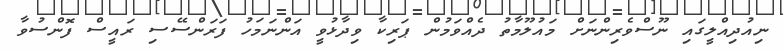
ނިއުދިއްލީގައި ނޫސްވެރިންނަށް މައުލޫމާތު ދެއްވަމުން ޕަރިކާ ވިދާޅުވީ އަންނަމަހު ފަރަންސޭސި ރައީސް ފޮންސުވާ